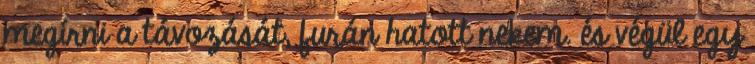
megírni a távozását, furán hatott nekem. és végül egy